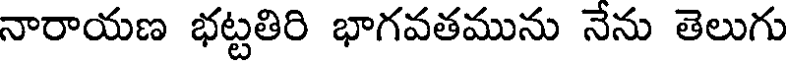
నారాయణ భట్టతిరి భాగవతమును నేను తెలుగు